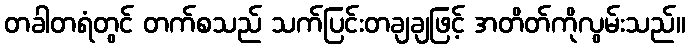
တခါတရံတွင် တက်စသည် သက်ပြင်းတချချဖြင့် အတိတ်ကိုလွမ်းသည်။